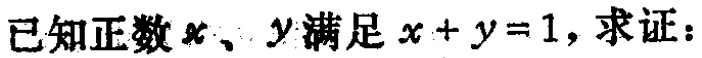
已知正数\(x\)、\(y\)满足\(x + y = 1\)，求证：